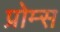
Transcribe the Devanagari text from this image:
प्रोम्स